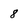
Character: 8